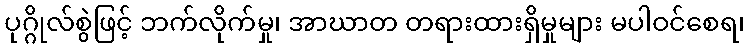
ပုဂ္ဂိုလ်စွဲဖြင့် ဘက်လိုက်မှု၊ အာဃာတ တရားထားရှိမှုများ မပါဝင်စေရ၊